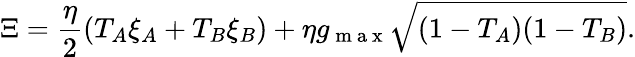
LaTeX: \Xi=\frac{\eta}{2}(T_{A}\xi_{A}+T_{B}\xi_{B})+\eta g_{\mathrm{~m~a~x~}}\sqrt{(1-T_{A})(1-T_{B})}.